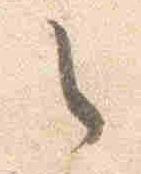
之